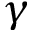
\gamma